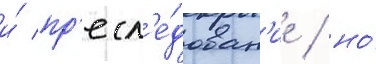
и́ пр'есл'е́дован'ие / но́